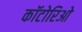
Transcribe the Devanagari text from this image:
कॉटोरिओ